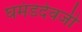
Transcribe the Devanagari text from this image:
घमंडदेवजी